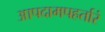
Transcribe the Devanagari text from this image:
आपदामपहर्तारं